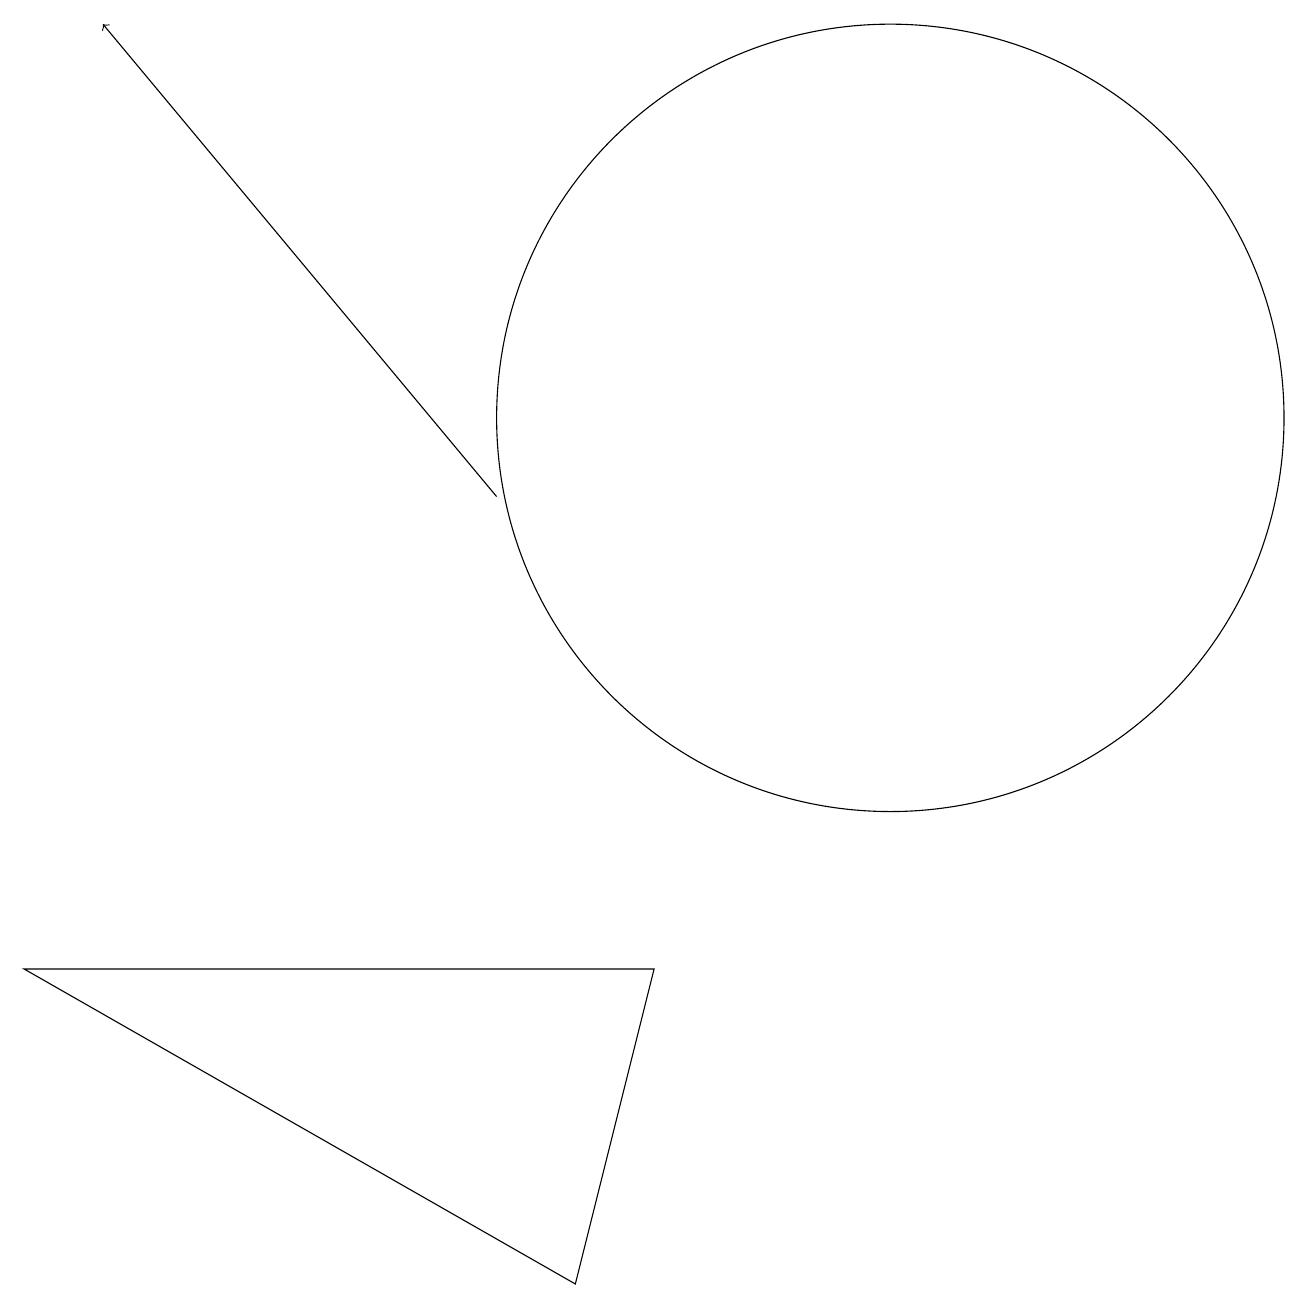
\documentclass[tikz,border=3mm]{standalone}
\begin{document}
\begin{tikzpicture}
\draw (0,5) -- (8,5) -- (7,1) -- cycle;
\draw (11,12) circle (5);
\draw[->] (6,11) -- (1,17);
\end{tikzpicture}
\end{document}